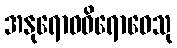
အနုရောဓဝိရောဓေသု